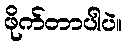
ဖိုက်တာပါပဲ။